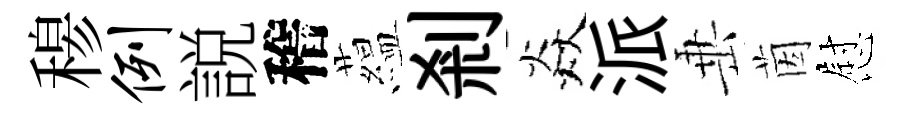
𥠇例説稽藴剎焱派𡸁茵慰